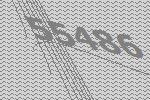
55486